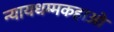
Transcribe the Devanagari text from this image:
न्यायधम्मकहाओ